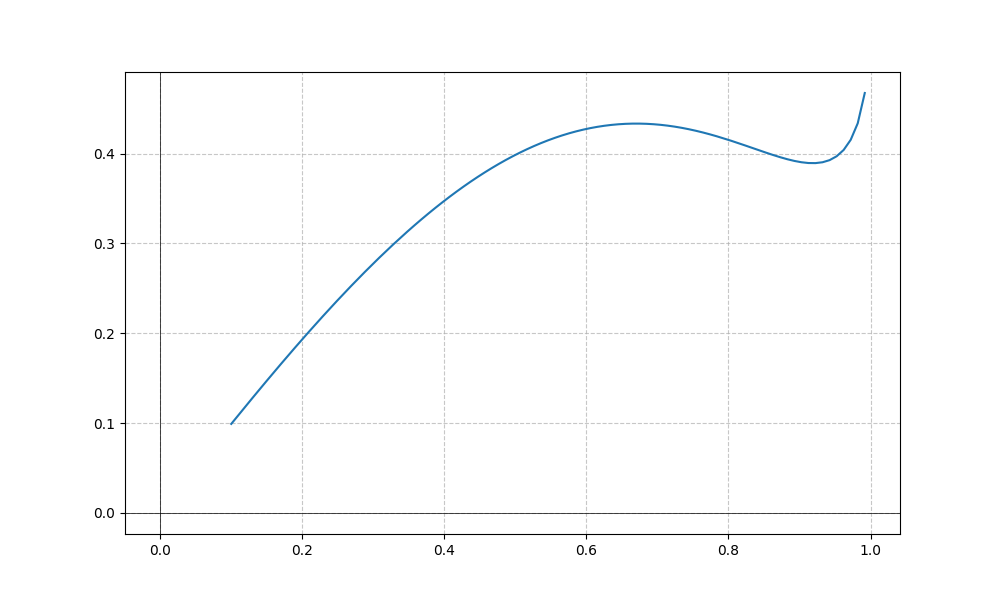
LaTeX formula: - x^{3} + \operatorname{asin}{\left(x \right)}